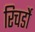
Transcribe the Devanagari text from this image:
रिचर्डो